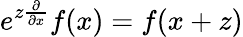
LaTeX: e^{z\frac{\partial}{\partial x}}f(x)=f(x+z)